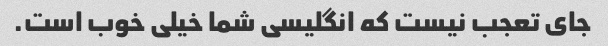
جای تعجب نیست که انگلیسی شما خیلی خوب است.